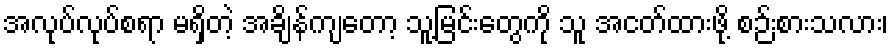
အလုပ်လုပ်စရာ မရှိတဲ့ အချိန်ကျတော့ သူ့မြင်းတွေကို သူ အငတ်ထားဖို့ စဉ်းစားသလား၊